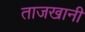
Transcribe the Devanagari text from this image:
ताजखानी